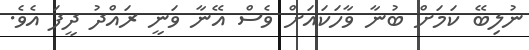
ނުލިބޭ ކަމަށް ބުނާ ވާހަކައަށް ވެސް އޭނާ ވަނީ ރައްދު ދީފަ އެވެ.